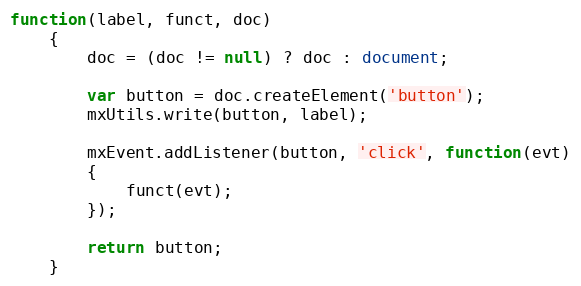
Language: JavaScript
function(label, funct, doc)
	{
		doc = (doc != null) ? doc : document;

		var button = doc.createElement('button');
		mxUtils.write(button, label);

		mxEvent.addListener(button, 'click', function(evt)
		{
			funct(evt);
		});

		return button;
	}